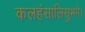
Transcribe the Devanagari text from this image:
कलहंसालिसुभगे।